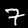
Digit: 7